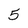
Character: 5